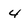
Character: 4